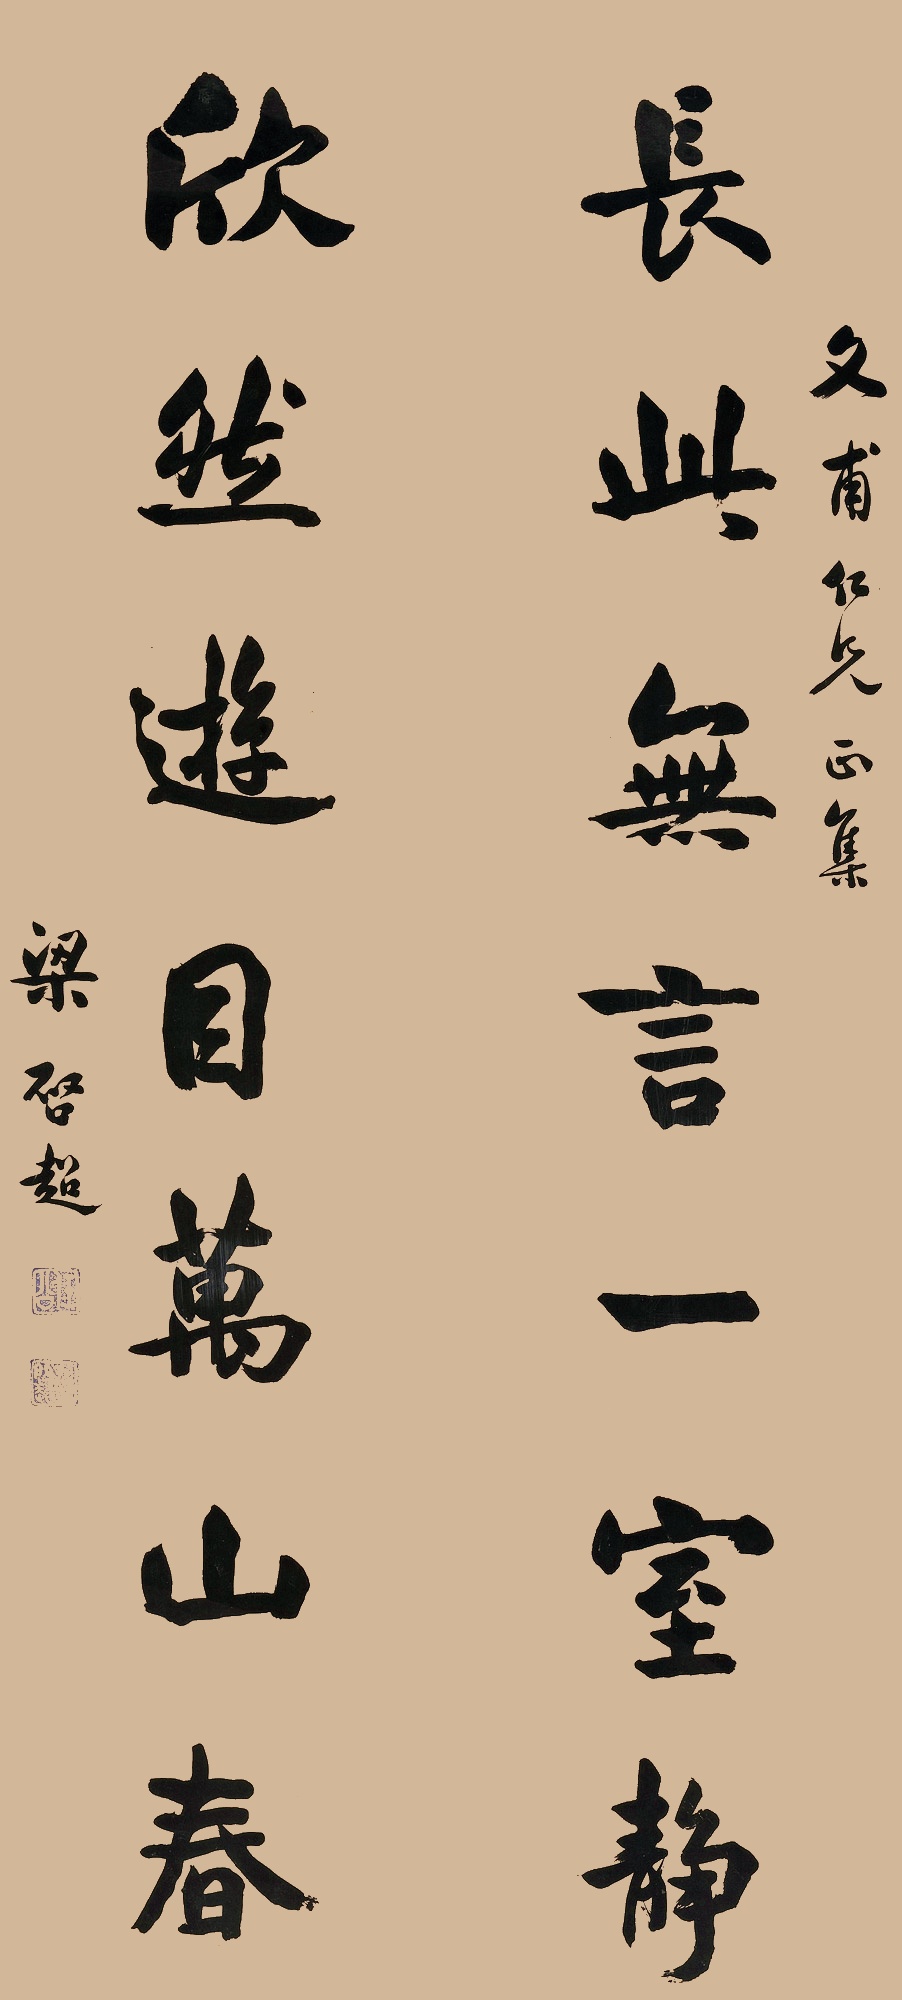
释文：长此无言一室静，欣然游目万山春。文甫仁兄正集，梁启超。